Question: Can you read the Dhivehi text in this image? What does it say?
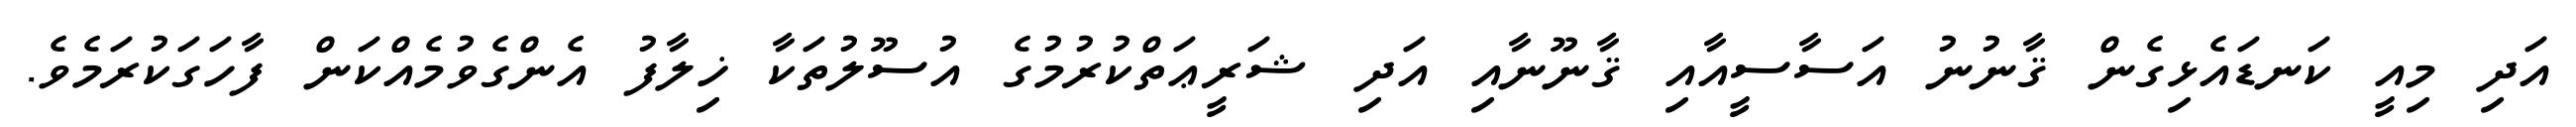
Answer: އަދި މިއީ ކަނޑައެޅިގެން ޤާނުނު އަސާސީއާއި ޤާނޫނާއި އަދި ޝަރީޢަތްކުރުމުގެ އުސޫލުތަކާ ޚިލާފު އެންގެވުމެއްކަން ފާހަގަކުރަމެވެ.